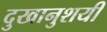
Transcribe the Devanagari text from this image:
दुखानुशयी